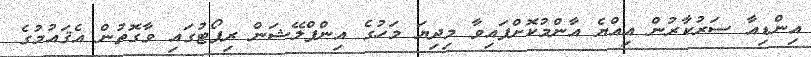
އިންޑިއާ ސަރުކާރުން އިއްޔެ އާންމުކޮށްފައިވާ މިދިޔަ މަހުގެ އިންފްލޭޝަން ރިޕޯޓުގައި ވާގޮތުން އެޤައުމުގެ